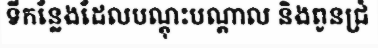
ទីកន្លែងដែលបណ្តុះបណ្តាល និងពូនជ្រំ